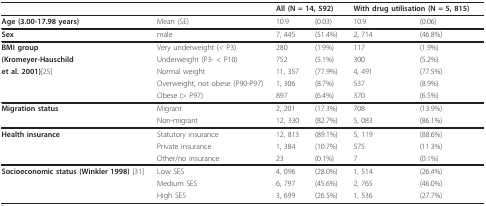
<table><thead><tr><td></td><td></td><td colspan="2"><b>All (N = 14, 592)</b></td><td colspan="2"><b>With drug utilisation (N = 5, 815)</b></td></tr></thead><tbody><tr><td><b>Age (3.00-17.98 years)</b></td><td>Mean (SE)</td><td>10.9</td><td>(0.03)</td><td>10.9</td><td>(0.06)</td></tr><tr><td><b>Sex</b></td><td>male</td><td>7, 445</td><td>(51.4%)</td><td>2, 714</td><td>(46.8%)</td></tr><tr><td><b>BMI group</b></td><td>Very underweight (&lt; P3)</td><td>280</td><td>(1.9%)</td><td>117</td><td>(1.9%)</td></tr><tr><td><b>(Kromeyer-Hauschild</b></td><td>Underweight (P3- &lt; P10)</td><td>752</td><td>(5.1%)</td><td>300</td><td>(5.2%)</td></tr><tr><td><b>et al. 2001)</b>[25]</td><td>Normal weight</td><td>11, 357</td><td>(77.9%)</td><td>4, 491</td><td>(77.5%)</td></tr><tr><td></td><td>Overweight, not obese (P90-P97)</td><td>1, 306</td><td>(8.7%)</td><td>537</td><td>(8.9%)</td></tr><tr><td></td><td>Obese (&gt; P97)</td><td>897</td><td>(6.4%)</td><td>370</td><td>(6.5%)</td></tr><tr><td><b>Migration status</b></td><td>Migrant</td><td>2, 201</td><td>(17.3%)</td><td>708</td><td>(13.9%)</td></tr><tr><td></td><td>Non-migrant</td><td>12, 330</td><td>(82.7%)</td><td>5, 083</td><td>(86.1%)</td></tr><tr><td><b>Health insurance</b></td><td>Statutory insurance</td><td>12, 813</td><td>(89.1%)</td><td>5, 119</td><td>(88.6%)</td></tr><tr><td></td><td>Private insurance</td><td>1, 384</td><td>(10.7%)</td><td>575</td><td>(11.3%)</td></tr><tr><td></td><td>Other/no insurance</td><td>23</td><td>(0.1%)</td><td>7</td><td>(0.1%)</td></tr><tr><td><b>Socioeconomic status (Winkler 1998) </b>[31]</td><td>Low SES</td><td>4, 096</td><td>(28.0%)</td><td>1, 514</td><td>(26.4%)</td></tr><tr><td></td><td>Medium SES</td><td>6, 797</td><td>(45.6%)</td><td>2, 765</td><td>(46.0%)</td></tr><tr><td></td><td>High SES</td><td>3, 699</td><td>(26.5%)</td><td>1, 536</td><td>(27.7%)</td></tr></tbody></table>